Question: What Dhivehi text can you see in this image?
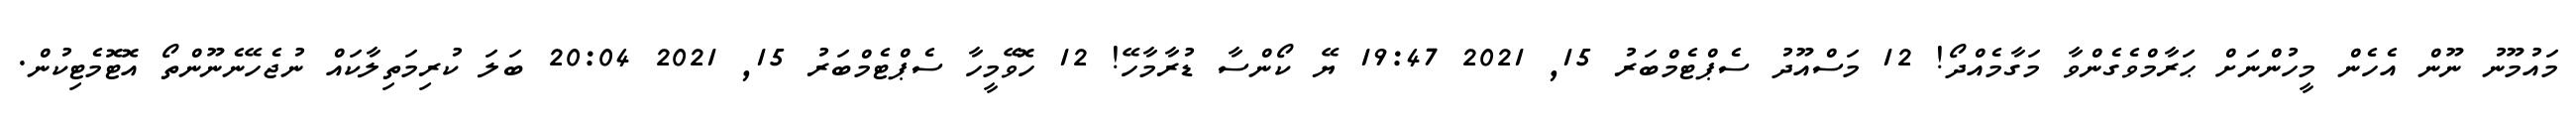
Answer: މައުމޫނު ނޫން އެހެން މީހުންނަށް ޙަރާމްވެގެންވާ މަގާމެއްދޯ! 12 މަސްއޫދު ސެޕްޓެމްބަރު 15, 2021 19:47 ޔޭ ކޯންސާ ޑުރާމާހޭ! 12 ހޮވޭމީހާ ސެޕްޓެމްބަރު 15, 2021 20:04 ބަލަ ކުރިމަތިލާކައް ނުޖެހޭނެނޫންތޯ އޮޓޮމެޓިކުން.